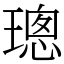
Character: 璁